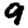
Digit: 9